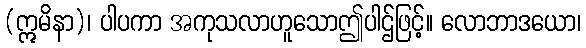
(ဣမိနာ)၊ ပါပကာ အကုသလာဟူသောဤပါဌ်ဖြင့်။ လောဘာဒယော၊